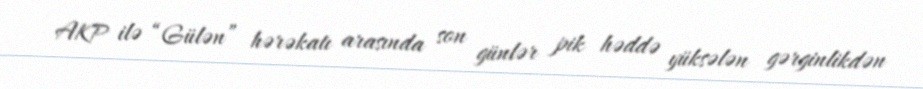
AKP ilə “Gülən” hərəkatı arasında son günlər pik həddə yüksələn gərginlikdən